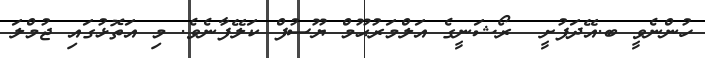
ހުންނެވީ ބ.އޭދަފުށީ  ރޯޝަނީގެ އަލްމަރުޙޫމް ޔޫސުފް ކަލޭފާނެވެ. މި އަތޮޅުގައި ޖުމްލަ